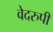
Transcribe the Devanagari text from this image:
वेदरुपी